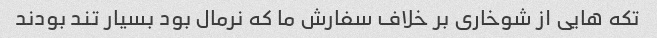
تکه هایی از شوخاری بر خلاف سفارش ما که نرمال بود بسیار تند بودند